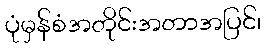
ပုံမှန်စံအတိုင်းအတာအပြင်၊